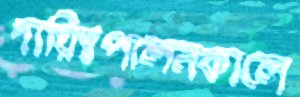
দায়িত্বপালনকালে